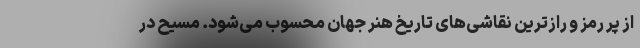
از پر رمز و رازترین نقاشی‌های تاریخ هنر جهان محسوب می‌شود. مسیح در